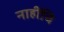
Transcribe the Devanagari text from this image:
नाहींचि